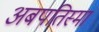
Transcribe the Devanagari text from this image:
अबपतिस्मा